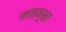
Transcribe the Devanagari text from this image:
मनमुख